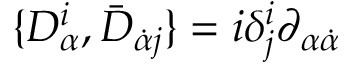
\{ D _ { \alpha } ^ { i } , \bar { D } _ { \dot { \alpha } j } \} = i \delta _ { j } ^ { i } \partial _ { \alpha \dot { \alpha } }